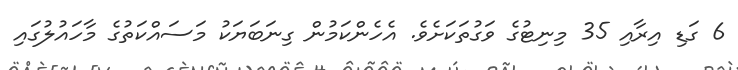
6 ގަޑި އިރާއި 35 މިނިޓުގެ ވަގުތަކަށެވެ. އެހެންކަމުން ގިނަބަޔަކު މަސައްކަތުގެ މާހައުލުގައި